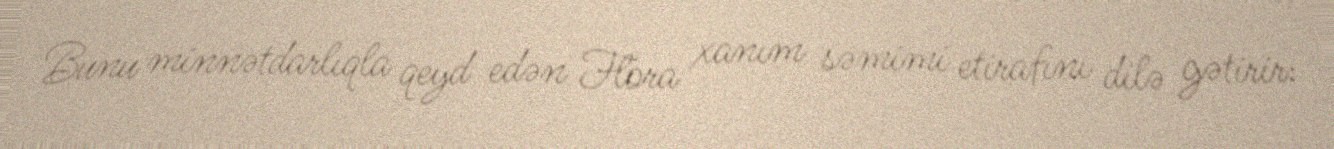
Bunu minnətdarlıqla qeyd edən Flora xanım səmimi etirafını dilə gətirir: